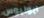
ايوليوس